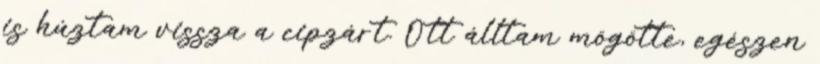
is húztam vissza a cipzárt. Ott álltam mögötte, egészen